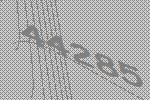
44285